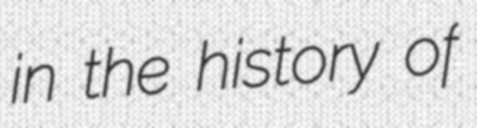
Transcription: in the history of